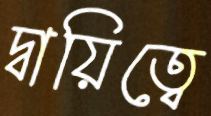
দ্বায়িত্বে